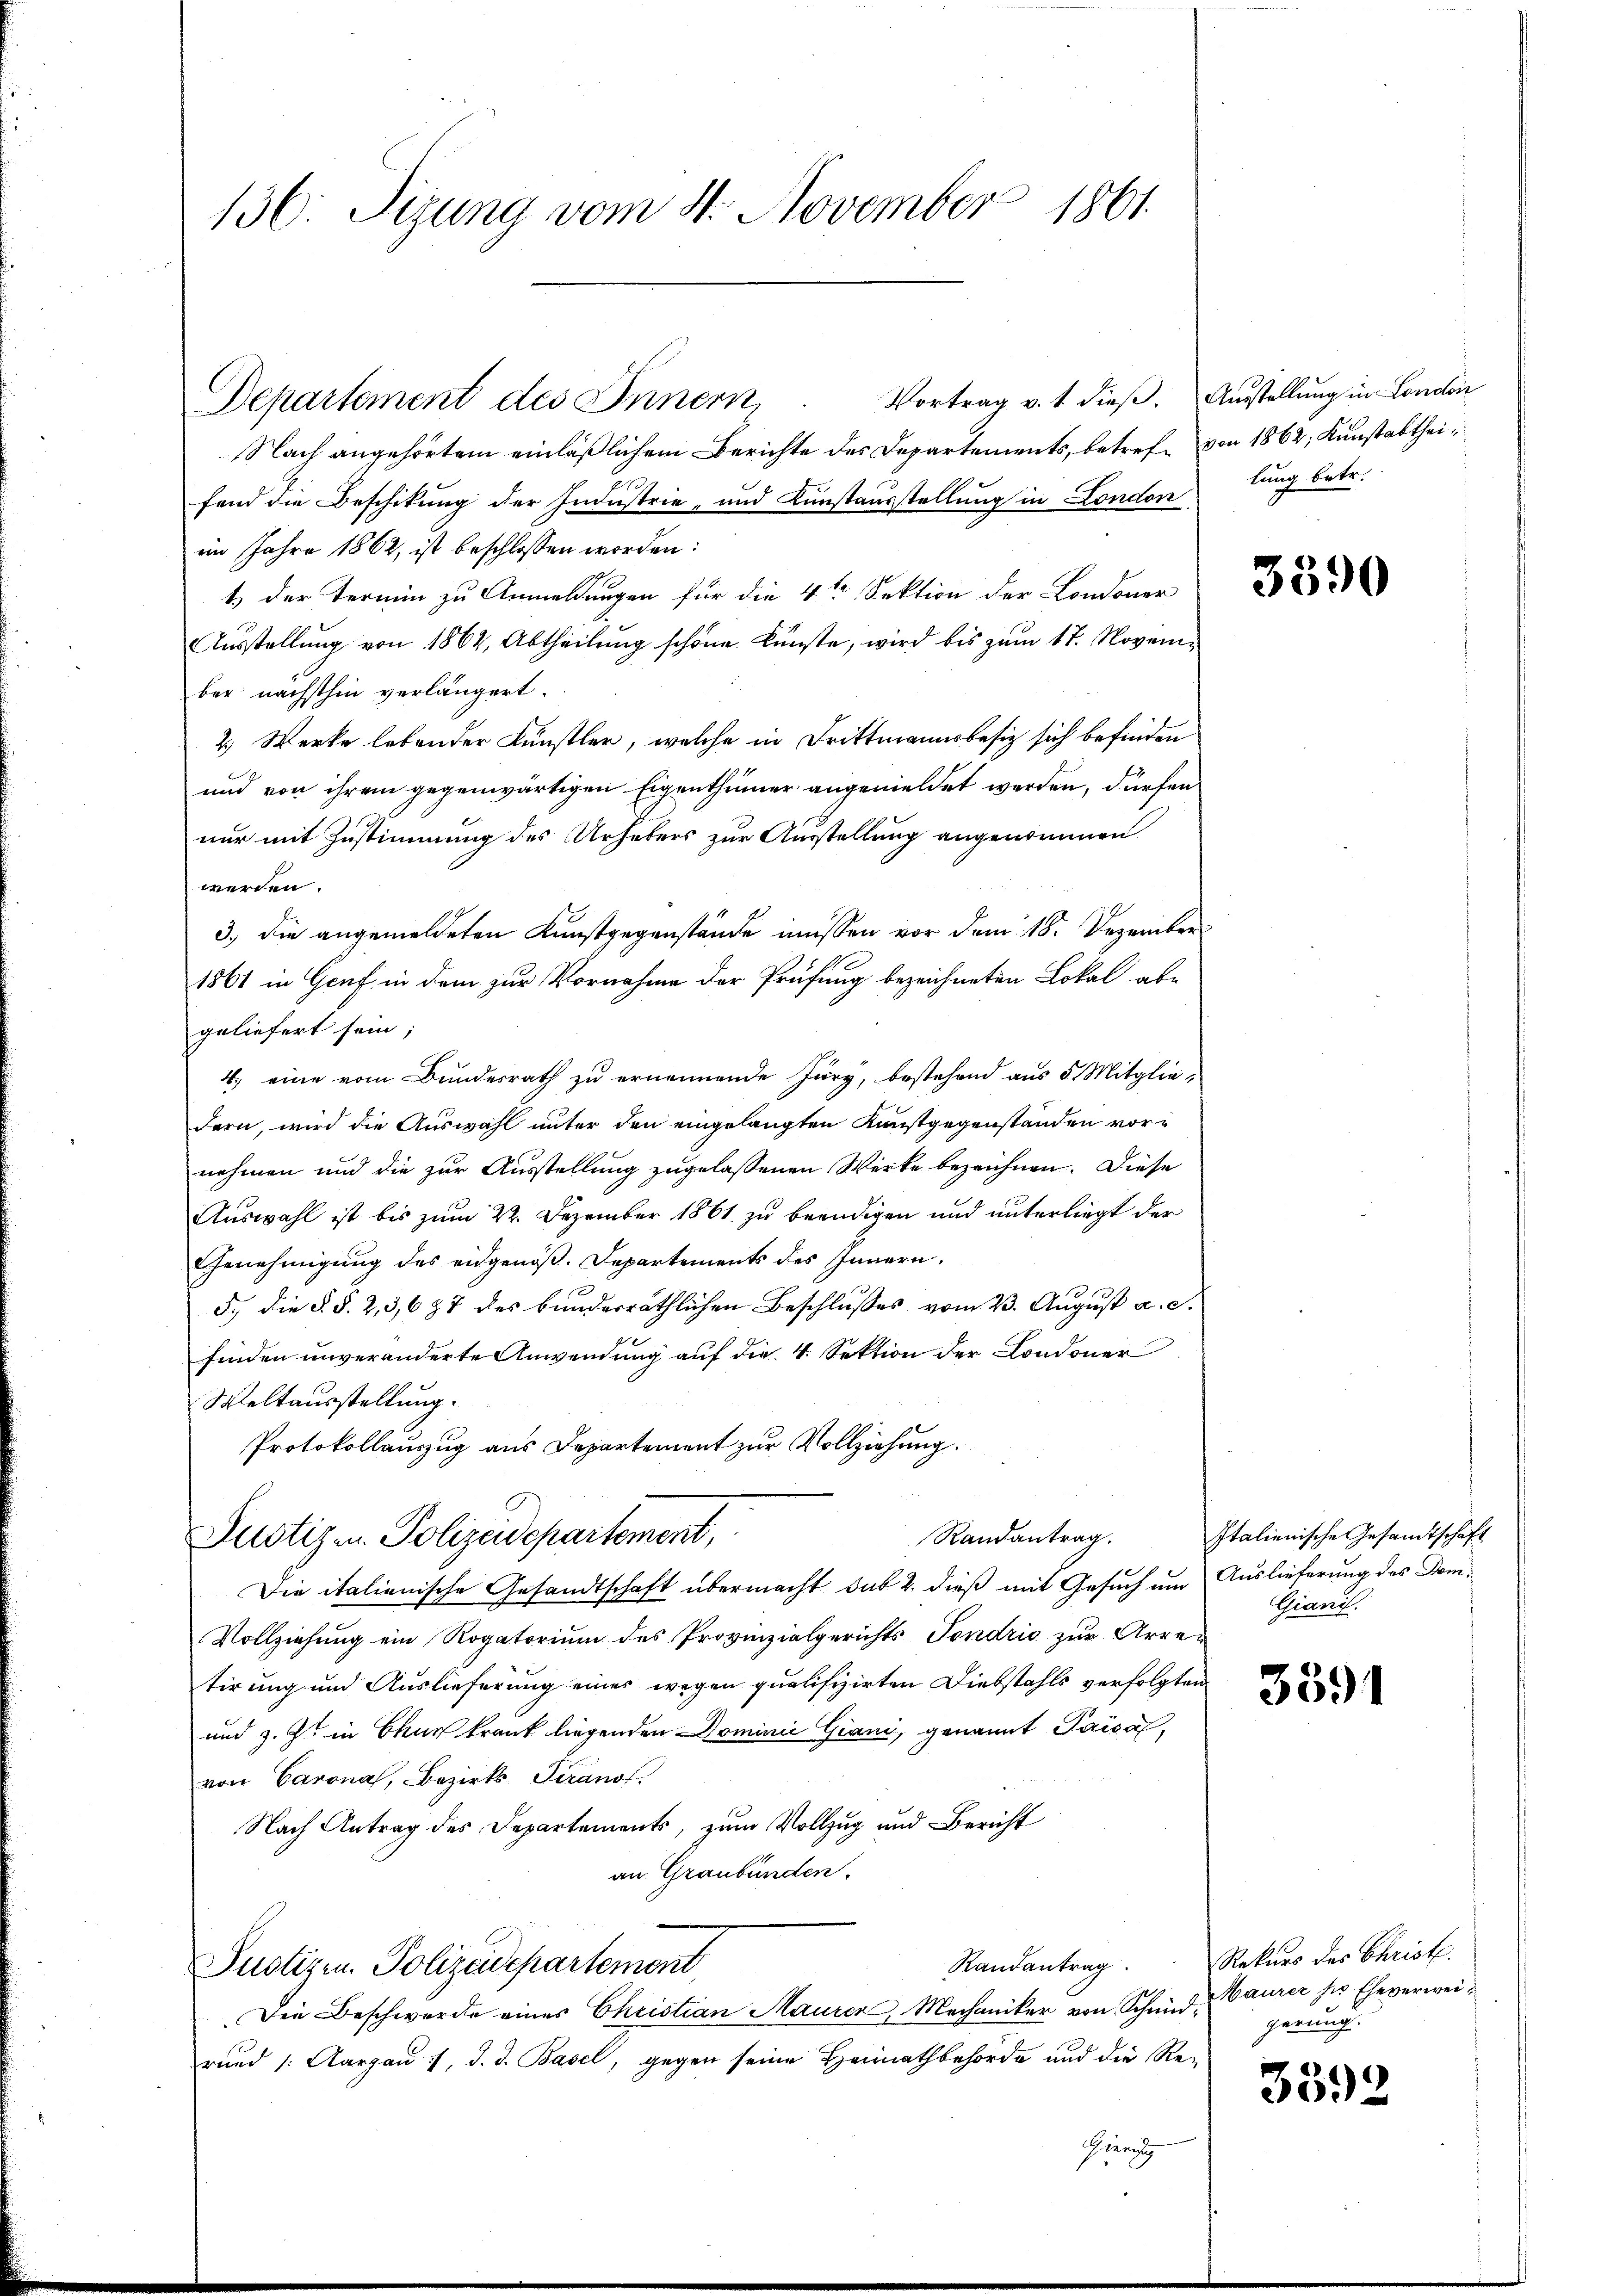
136: Sizung vom 11. November 1861

Vortrag v. 1. dieß. Austellung in London
Nach angehörtem einläßlichem Berichte des Departements, betref- von 1862, Kunstabtheifand die Beschikung der Industrie- und Kunstausstellung in London lung betr.
im Jahre 1862, ist beschlossen worden:
1) der Termin zu Anmeldungen für die 4te Sektion der Londoner
Aŭsstellŭng von 1864, Abtheilŭng schöne künste, wird bis zŭm 17. November nächsthin verlängert.
2) Werke lebender Künstler, welche in Drittmannsbesiz sich befinden
und von ihrem gegenwärtigen Eigenthümer angemeldet werden, dürfen.
nur mit Zustimmung des Urhebers zur Ausstellung angenommen
werden.
3.) Die angemeldeten Kunstgegenstände müssen vor dem 18. Dezember
1861 in Genf in dem zur Vornahme der Prüfung bezeichneten Lokal abe
geliefert sein;
4.) eine vom Bundesrath zu ernennende Jury, bestehend aus 5 Mitglie-
dern, wird die Auswahl unter den eingelangten Kunstgegenständen vornehmen und die zur Ausstellung zugelassenen Werke bezeichnen. Diese
Auswahl ist bis zum 22. Dezember 1861 zu beendigen und unterliegt der
Genehmigŭng des eidgenöß. Departements des Innern.
5.) Die §. §. 2, 3,687 des bunderräthlichen Beschlusses vom 23. August a. c.
finden unveränderte Anwendung auf die 4. Sektion der Londoner
Weltausstellung.
Protokollauszug aus Departement zur Vollziehung.
Randantrag.
Justiz u. Polizeidepartement,
Die italienische Gesandtschaft übermacht sub 2. dieß mit Gesuch um Auslieferung des Dom¬
Vollziehung ein Rogatorium des Provinzialgerichts Sondrio zur Arretirung und Auslieferung eines wegen qualifizirten Diebstahls verfolgten
und z. Z. in Chur krank liegenden Dominii Giani, genannt Pausal,
von Carona, Bezirks- Tiranof.
Nach Antrag des Departements, zum Vollzug und Bericht
an Graubünden.
Randantrag
Justizen. Polizeidepartement,
Die Beschwerde eines Christian Mauren Mechaniker von Schmidrund /: Aargau, d. d. Basel, gegen seine Heimathbehörde und die Re¬
Thierung

Departement des Innern

3390

Italienische Gesandtschaft
Gianis

3591

Rekurs des Christ.
Maurer zu Eheverweigerung.

3392